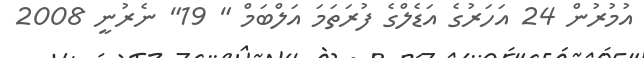
އުމުރުން 24 އަހަރުގެ އަޑެލްގެ ފުރަތަމަ އަލްބަމް " 19" ނެރުނީ 2008